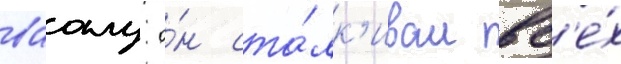
ваалу о́н ста́лк'ивал вс'е́х